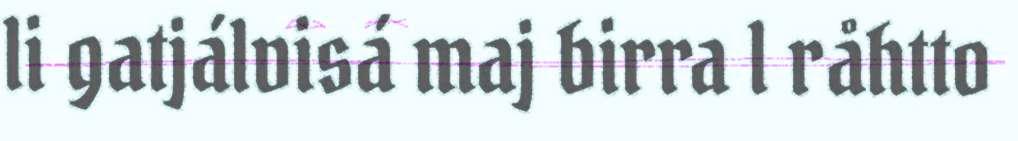
li gatjálvisá maj birra l råhtto